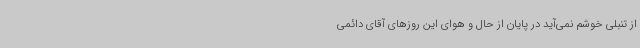
از تنبلی خوشم نمی‌آید در پایان از حال و هوای این روزهای آقای دائمی